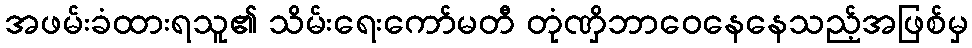
အဖမ်းခံထားရသူ၏ သိမ်းရေးကော်မတီ တုံဏှိဘာဝေနေနေသည့်အဖြစ်မှ